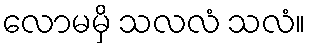
လောမမှိ သလလံ သလံ။